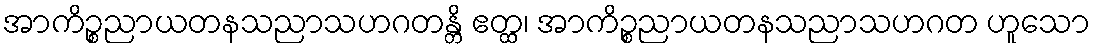
အာကိဉ္စညာယတနသညာသဟဂတန္တိ ဧတ္ထ၊ အာကိဉ္စညာယတနသညာသဟဂတ ဟူသော